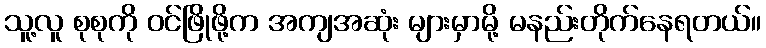
သူ့လူ စုစုကို ဝင်ဖြိုဖို့က အကျအဆုံး များမှာမို့ မနည်းတိုက်နေရတယ်။